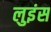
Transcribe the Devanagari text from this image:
लुइंस